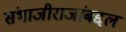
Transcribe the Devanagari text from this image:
संभाजीराजांबद्दल